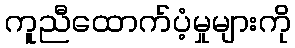
ကူညီထောက်ပံ့မှုများကို